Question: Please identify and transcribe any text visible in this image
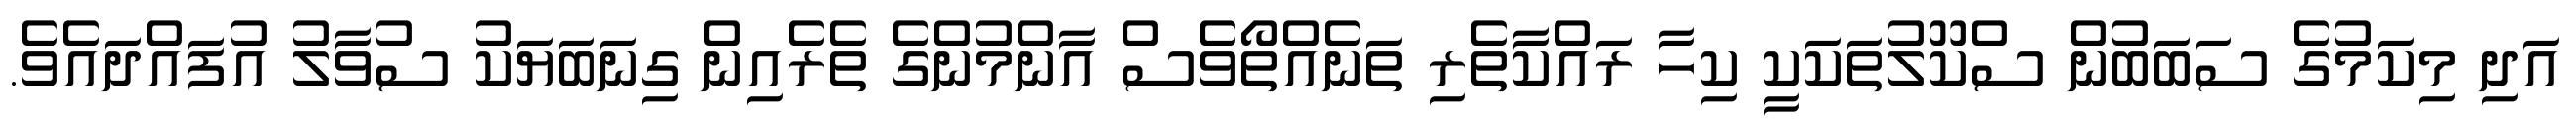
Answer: އަދި މިކަމުގެ ސަބަބުން ސްކޫލުތަކަކީ ކިހާ ރައްކާތެރި ތަނެއްތޯވެސް އާންމުންގެ ތެރެއިން ގިނަބަޔަކު ސުވާލު އުފައްދައެވެ.